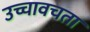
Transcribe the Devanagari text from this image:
उच्चावचता